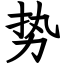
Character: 势